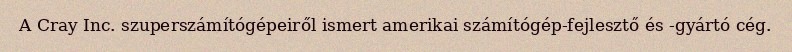
A Cray Inc. szuperszámítógépeiről ismert amerikai számítógép-fejlesztő és -gyártó cég.